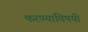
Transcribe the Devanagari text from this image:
करण्‍याविषयी